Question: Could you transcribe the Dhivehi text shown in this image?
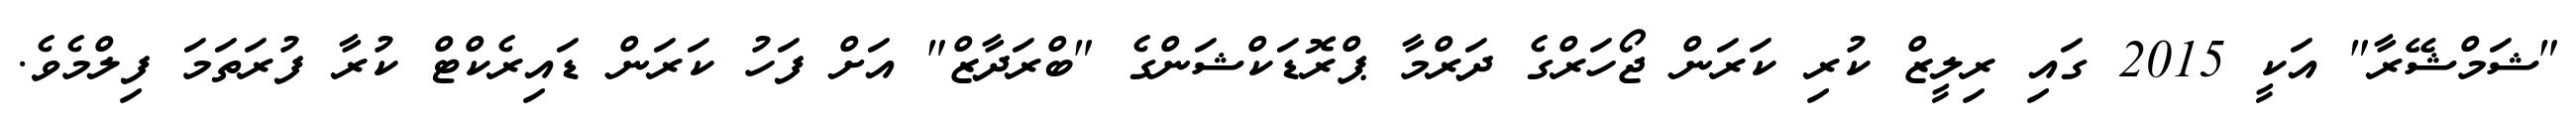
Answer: "ޝަމްޝޭރާ" އަކީ 2015 ގައި ރިލީޒް ކުރި ކަރަން ޖޯހަރްގެ ދަރްމާ ޕްރޮޑަކްޝަންގެ "ބްރަދާޒް" އަށް ފަހު ކަރަން ޑައިރެކްޓް ކުރާ ފުރަތަމަ ފިލްމެވެ.